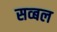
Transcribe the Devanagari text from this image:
सव्बल